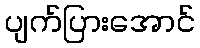
ပျက်ပြားအောင်